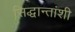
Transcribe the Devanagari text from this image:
सिद्धान्तांशी